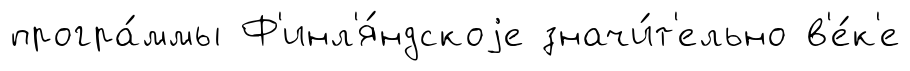
програ́ммы Ф'инл'я́ндскоjе значи́т'ельно в'е́к'е